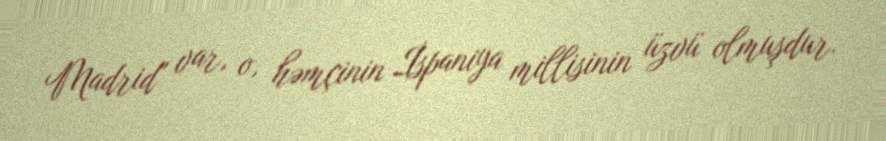
Madrid" var, o, həmçinin İspaniya millisinin üzvü olmuşdur.